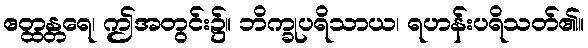
ဧတ္ထန္တရေ၊ ဤအတွင်း၌။ ဘိက္ခုပရိသာယ၊ ရဟန်းပရိသတ်၏။